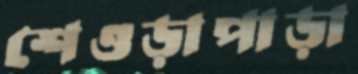
শেওড়াপাড়া